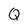
Character: Q